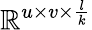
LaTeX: \mathbb{R}^{u\times v\times\frac{l}{k}}